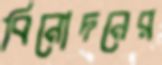
বিনোদনের